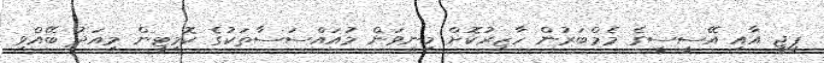
ޕީޖީ އާއި އޭސީސީގެ މެމްބަރުން ހާޒިރުކޮށް މިނިވަން މުއައްސަސާތަކުގެ ކޮމިޓީން މިއަދު ބޭއްވި